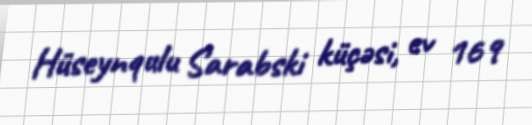
Hüseynqulu Sarabski küçəsi, ev 169